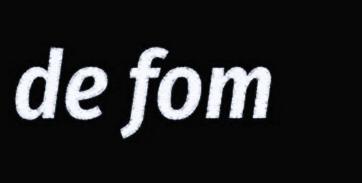
de fom